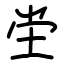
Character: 坣